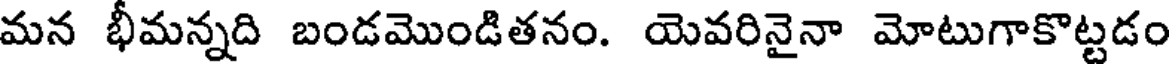
మన భీమన్నది బండమొండితనం. యెవరినైనా మోటుగాకొట్టడం